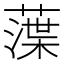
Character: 𦻜